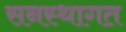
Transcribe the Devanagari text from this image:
सनस्थागत